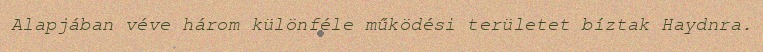
Alapjában véve három különféle működési területet bíztak Haydnra.